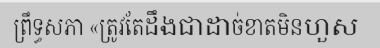
ព្រឹទ្ធសភា «ត្រូវតែដឹងជាដាច់ខាតមិនហួស